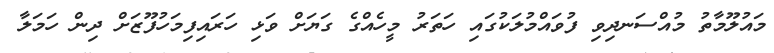
މައުލޫމާތު މުއްސަނދިވި ފުވައްމުލަކުގައި ހަތަރު މީހެއްގެ ގަޔަށް ވަޅި ހަރައިފިމަހުފޫޒަށް ދިން ހަމަލާ